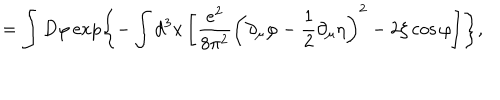
LaTeX: = \int D \varphi \exp \left\{ - \int d ^ { 3 } x \left[ \frac { e ^ { 2 } } { 8 \pi ^ { 2 } } \left( \partial _ { \mu } \varphi - \frac 1 2 \partial _ { \mu } \eta \right) ^ { 2 } - 2 \zeta \cos \varphi \right] \right\} ,